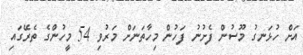
އަށް ހުޅަނގު މޫސުން ފެށުނު ފަހުން މިހާތަނަށް މަރުވި 54 މީހުންގެ ތެރޭގައި